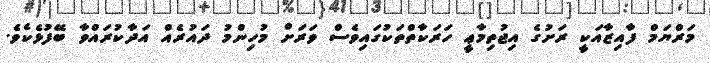
މަރްޔަމް ފާއިޒާއަކީ ރަށުގެ އިޖުތިމާޢީ ހަރަކާތްތަކުގައިވެސް ވަރަށް މުހިންމު ދައުރެއް އަދާކުރައްވާ ބޭފުޅެކެވެ.